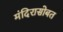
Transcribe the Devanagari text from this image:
मंदिरासोबत